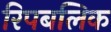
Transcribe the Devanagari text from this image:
रिपबलिक